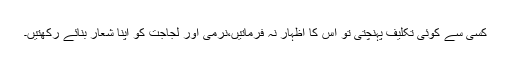
کسی سے کوئی تکلیف پہنچتی تو اس کا اظہار نہ فرماتیں،نرمی اور لجاجت کو اپنا شعار بنائے رکھتیں۔